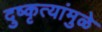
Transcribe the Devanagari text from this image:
दुष्कृत्यांमुळे